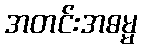
အတင်းအဓမ္မ